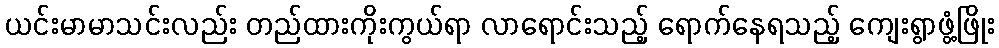
ယင်းမာမာသင်းလည်း တည်ထားကိုးကွယ်ရာ လာရောင်းသည့် ရောက်နေရသည့် ကျေးရွာဖွံ့ဖြိုး